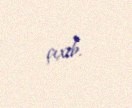
çıxıb.